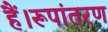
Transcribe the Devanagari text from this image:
हैं।रूपांतरण